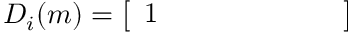
D _ { i } ( m ) = { \left[ \begin{array} { l l l l l l l } { 1 } & { } & { } & { } & { } & { } & { } \end{array} \right] }